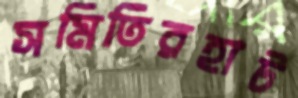
সমিতিরহাট